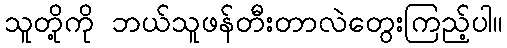
သူတို့ကို ဘယ်သူဖန်တီးတာလဲတွေးကြည့်ပါ။